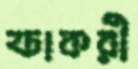
ফাকরী